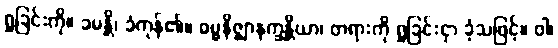
ရှုခြင်းကို။ ခမန္တိ၊ ခံကုန်၏။ ဓမ္မနိဇ္ဈာနက္ခန္တိယာ၊ တရားကို ရှုခြင်းငှာ ခံ့သဖြင့်။ ဝါ၊